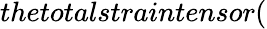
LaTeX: thetotalstraintensor(